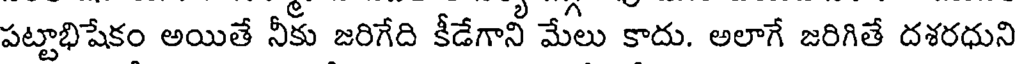
పట్టాభిషేకం అయితే నీకు జరిగేది కీడేగానీ మేలు కాదు. అలాగే జరిగితే దశరధుని